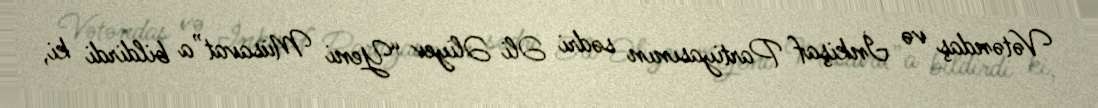
Vətəndaş və İnkişaf Partiyasının sədri Əli Əliyev “Yeni Müsavat”a bildirdi ki,